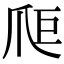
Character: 𤔋